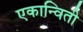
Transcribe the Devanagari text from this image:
एकान्विती